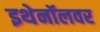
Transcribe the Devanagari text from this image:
इथेनॉलवर